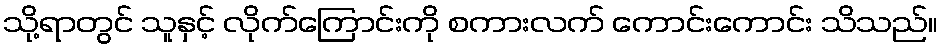
သို့ရာတွင် သူနှင့် လိုက်ကြောင်းကို စကားလက် ကောင်းကောင်း သိသည်။